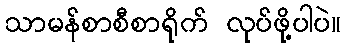
သာမန်စာစီစာရိုက် လုပ်ဖို့ပါပဲ။